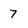
Character: 7